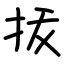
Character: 㧞